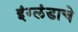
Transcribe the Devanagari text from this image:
इंग्लंडाचे